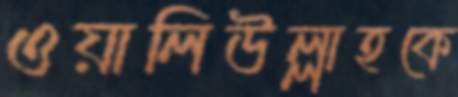
ওয়ালিউল্লাহকে